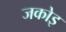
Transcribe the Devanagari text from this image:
जकोइ